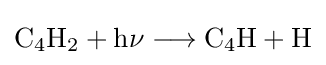
{\mathrm {C} {\vphantom {A}}_{\smash[{t}]{4}}\mathrm {H} {\vphantom {A}}_{\smash[{t}]{2}}{}+{}\mathrm {h\nu } {}\mathrel {\longrightarrow } {}\mathrm {C} {\vphantom {A}}_{\smash[{t}]{4}}\mathrm {H} {}+{}\mathrm {H} }